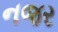
નજર